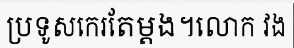
ប្រទូសកេរតែម្តង។លោក វង